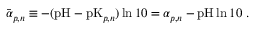
\begin{array} { r } { \bar { \alpha } _ { p , n } \equiv - ( \mathrm { p H } - \mathrm { p K } _ { p , n } ) \ln { 1 0 } = \alpha _ { p , n } - \mathrm { p H } \ln { 1 0 } \ . } \end{array}